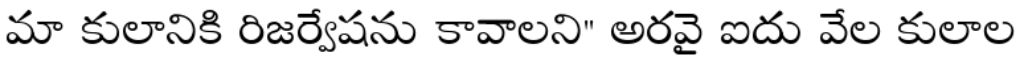
మా కులానికి రిజర్వేషను కావాలని" అరవై ఐదు వేల కులాల